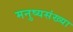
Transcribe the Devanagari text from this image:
मनुष्यसंख्या